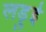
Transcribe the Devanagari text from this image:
लड़ुई